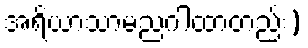
အရိယာသာမညဂါထာတည်း)